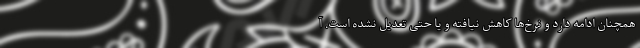
همچنان ادامه دارد و نرخ‌ها کاهش نیافته و یا حتی تعدیل نشده است. آ